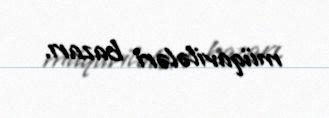
müqavilələri bazarı.